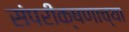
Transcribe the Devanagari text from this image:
संपरीक्षणाच्या